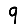
Digit: 9